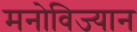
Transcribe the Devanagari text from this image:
मनोविज्यान